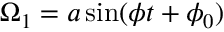
\Omega _ { 1 } = a \sin ( \phi t + \phi _ { 0 } )